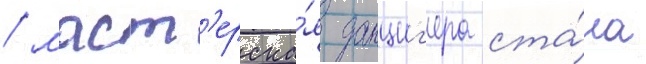
/ маст'ерска́я данциг'ера ста́ла